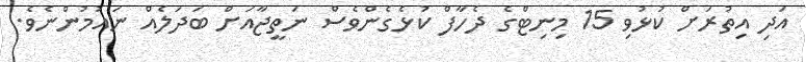
އަދި އިތުރަށް ކުޅުވި 15 މިނިޓްގެ ދެހާފް ކުޅެގެންވެސް ނަތީޖާއަށް ބަދަލެއް ނައުމުންނެވެ.